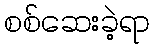
စစ်ဆေးခဲ့ရာ